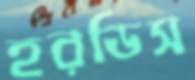
হরডিস